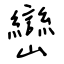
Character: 巒